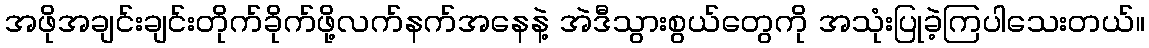
အဖိုအချင်းချင်းတိုက်ခိုက်ဖို့လက်နက်အနေနဲ့ အဲဒီသွားစွယ်တွေကို အသုံးပြုခဲ့ကြပါသေးတယ်။